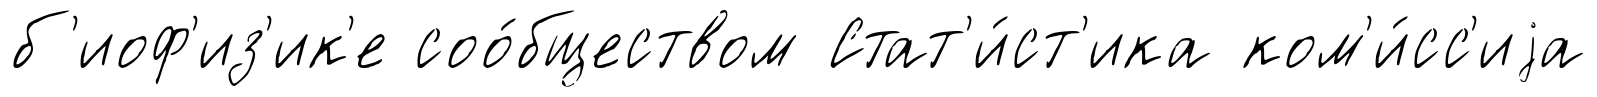
б'иоф'из'ик'е соо́бществом Стат'и́ст'ика ком'и́сс'иjа